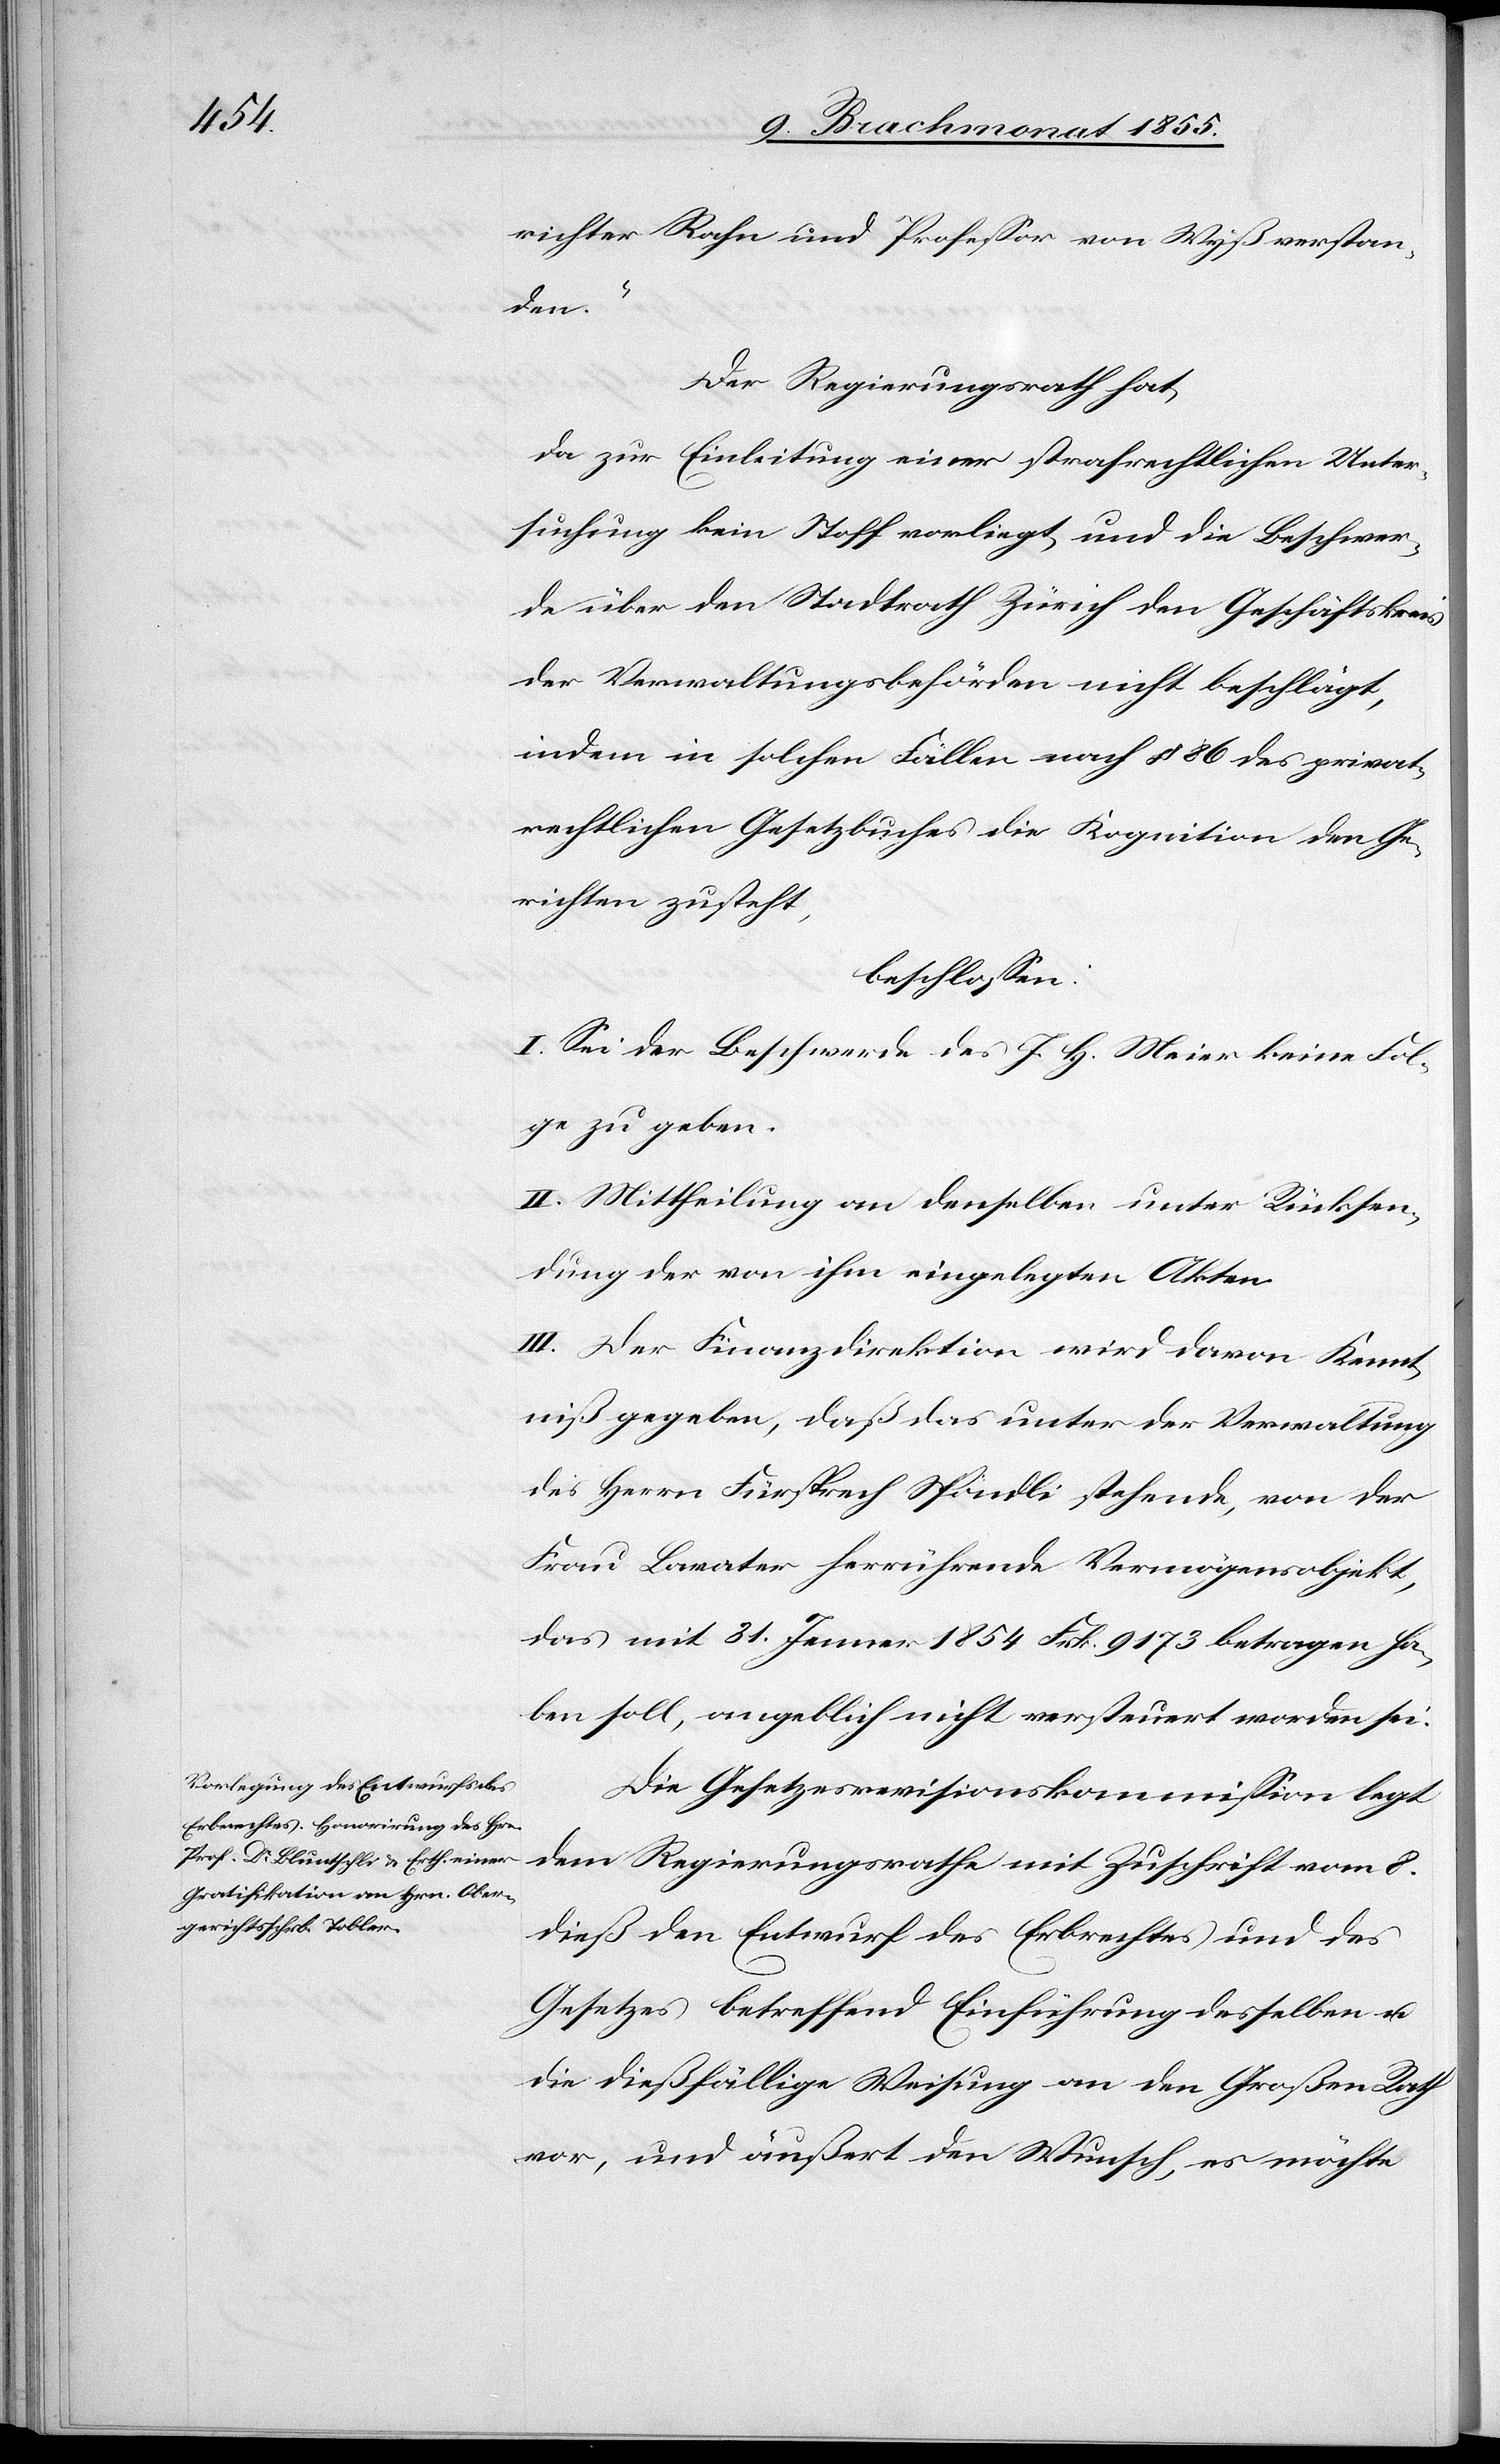
richter Rahn und Professor von Wyß verstan¬
den.“
Der Regierungsrath hat,
da zur Einleitung einer strafrechtlichen Unter¬
suchung kein Stoff vorliegt, und die Beschwer¬
de über den Stadtrath Zürich den Geschäftskreis
der Verwaltungsbehörden nicht beschlägt,
indem in solchen Fällen nach § 86 des privat¬
rechtlichen Gesetzbuches die Kognition den Ge¬
richten zusteht,
beschlossen:
I. Sei der Beschwerde des J. H. Meier keine Fol¬
ge zu geben.
II. Mittheilung an denselben unter Rücksen¬
dung der von ihm eingelegten Akten.
III. Der Finanzdirektion wird davon Kennt¬
niß gegeben, daß das unter der Verwaltung
des Herrn Fürsprech Spöndli stehende, von der
Frau Lavater herrührende Vermögensobjekt,
das mit 31. Jenner 1854 Frk. 9173 betragen ha¬
ben soll, angeblich nicht versteuert worden sei.
Die Gesetzesrevisionskommission legt
dem Regierungsrathe mit Zuschrift vom 8.
dieß den Entwurf des Erbrechtes und des
Gesetzes betreffend Einführung desselben u.
die dießfällige Weisung an den Großen Rath
vor, und äußert den Wunsch, es möchte